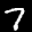
Label: 7